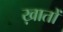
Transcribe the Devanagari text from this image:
ख़ातों